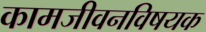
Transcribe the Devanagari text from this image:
कामजीवनविषयक